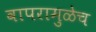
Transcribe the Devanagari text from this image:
वापरामुळेच